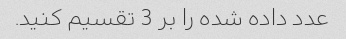
عدد داده شده را بر 3 تقسیم کنید.